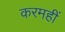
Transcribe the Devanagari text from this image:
करमहीं